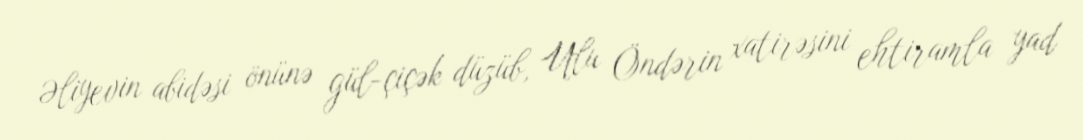
Əliyevin abidəsi önünə gül-çiçək düzüb, Ulu Öndərin xatirəsini ehtiramla yad